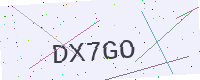
Text: DX7GO